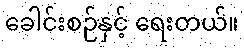
ခေါင်းစဉ်နှင့် ရေးတယ်။